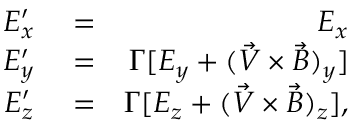
\begin{array} { r l r } { E _ { x } ^ { \prime } } & { { } = } & { E _ { x } } \\ { E _ { y } ^ { \prime } } & { { } = } & { \Gamma [ E _ { y } + ( \vec { V } \times \vec { B } ) _ { y } ] } \\ { E _ { z } ^ { \prime } } & { { } = } & { \Gamma [ E _ { z } + ( \vec { V } \times \vec { B } ) _ { z } ] , } \end{array}